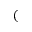
(